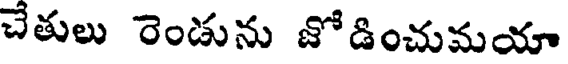
చేతులు రెండును జోడించుమయా